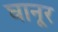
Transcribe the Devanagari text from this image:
घानूर